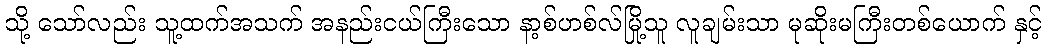
သို့ သော်လည်း သူ့ထက်အသက် အနည်းငယ်ကြီးသော နာ့စ်ဟစ်လ်မြို့သူ လူချမ်းသာ မုဆိုးမကြီးတစ်ယောက် နှင့်